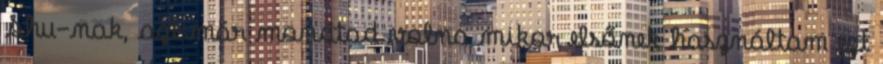
Shu-nak, azt már mondtad volna mikor elsőnek használtam ezt